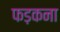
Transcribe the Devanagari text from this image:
फड़कना